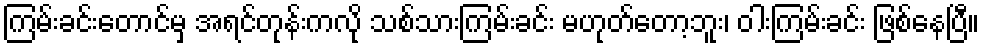
ကြမ်းခင်းတောင်မှ အရင်တုန်းကလို သစ်သားကြမ်းခင်း မဟုတ်တော့ဘူး၊ ဝါးကြမ်းခင်း ဖြစ်နေပြီ။